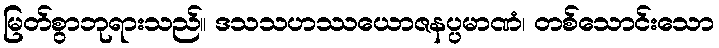
မြတ်စွာဘုရားသည်။ ဒသသဟဿယောဇနပ္ပမာဏံ၊ တစ်သောင်းသော